Riigikantselei, lk 18
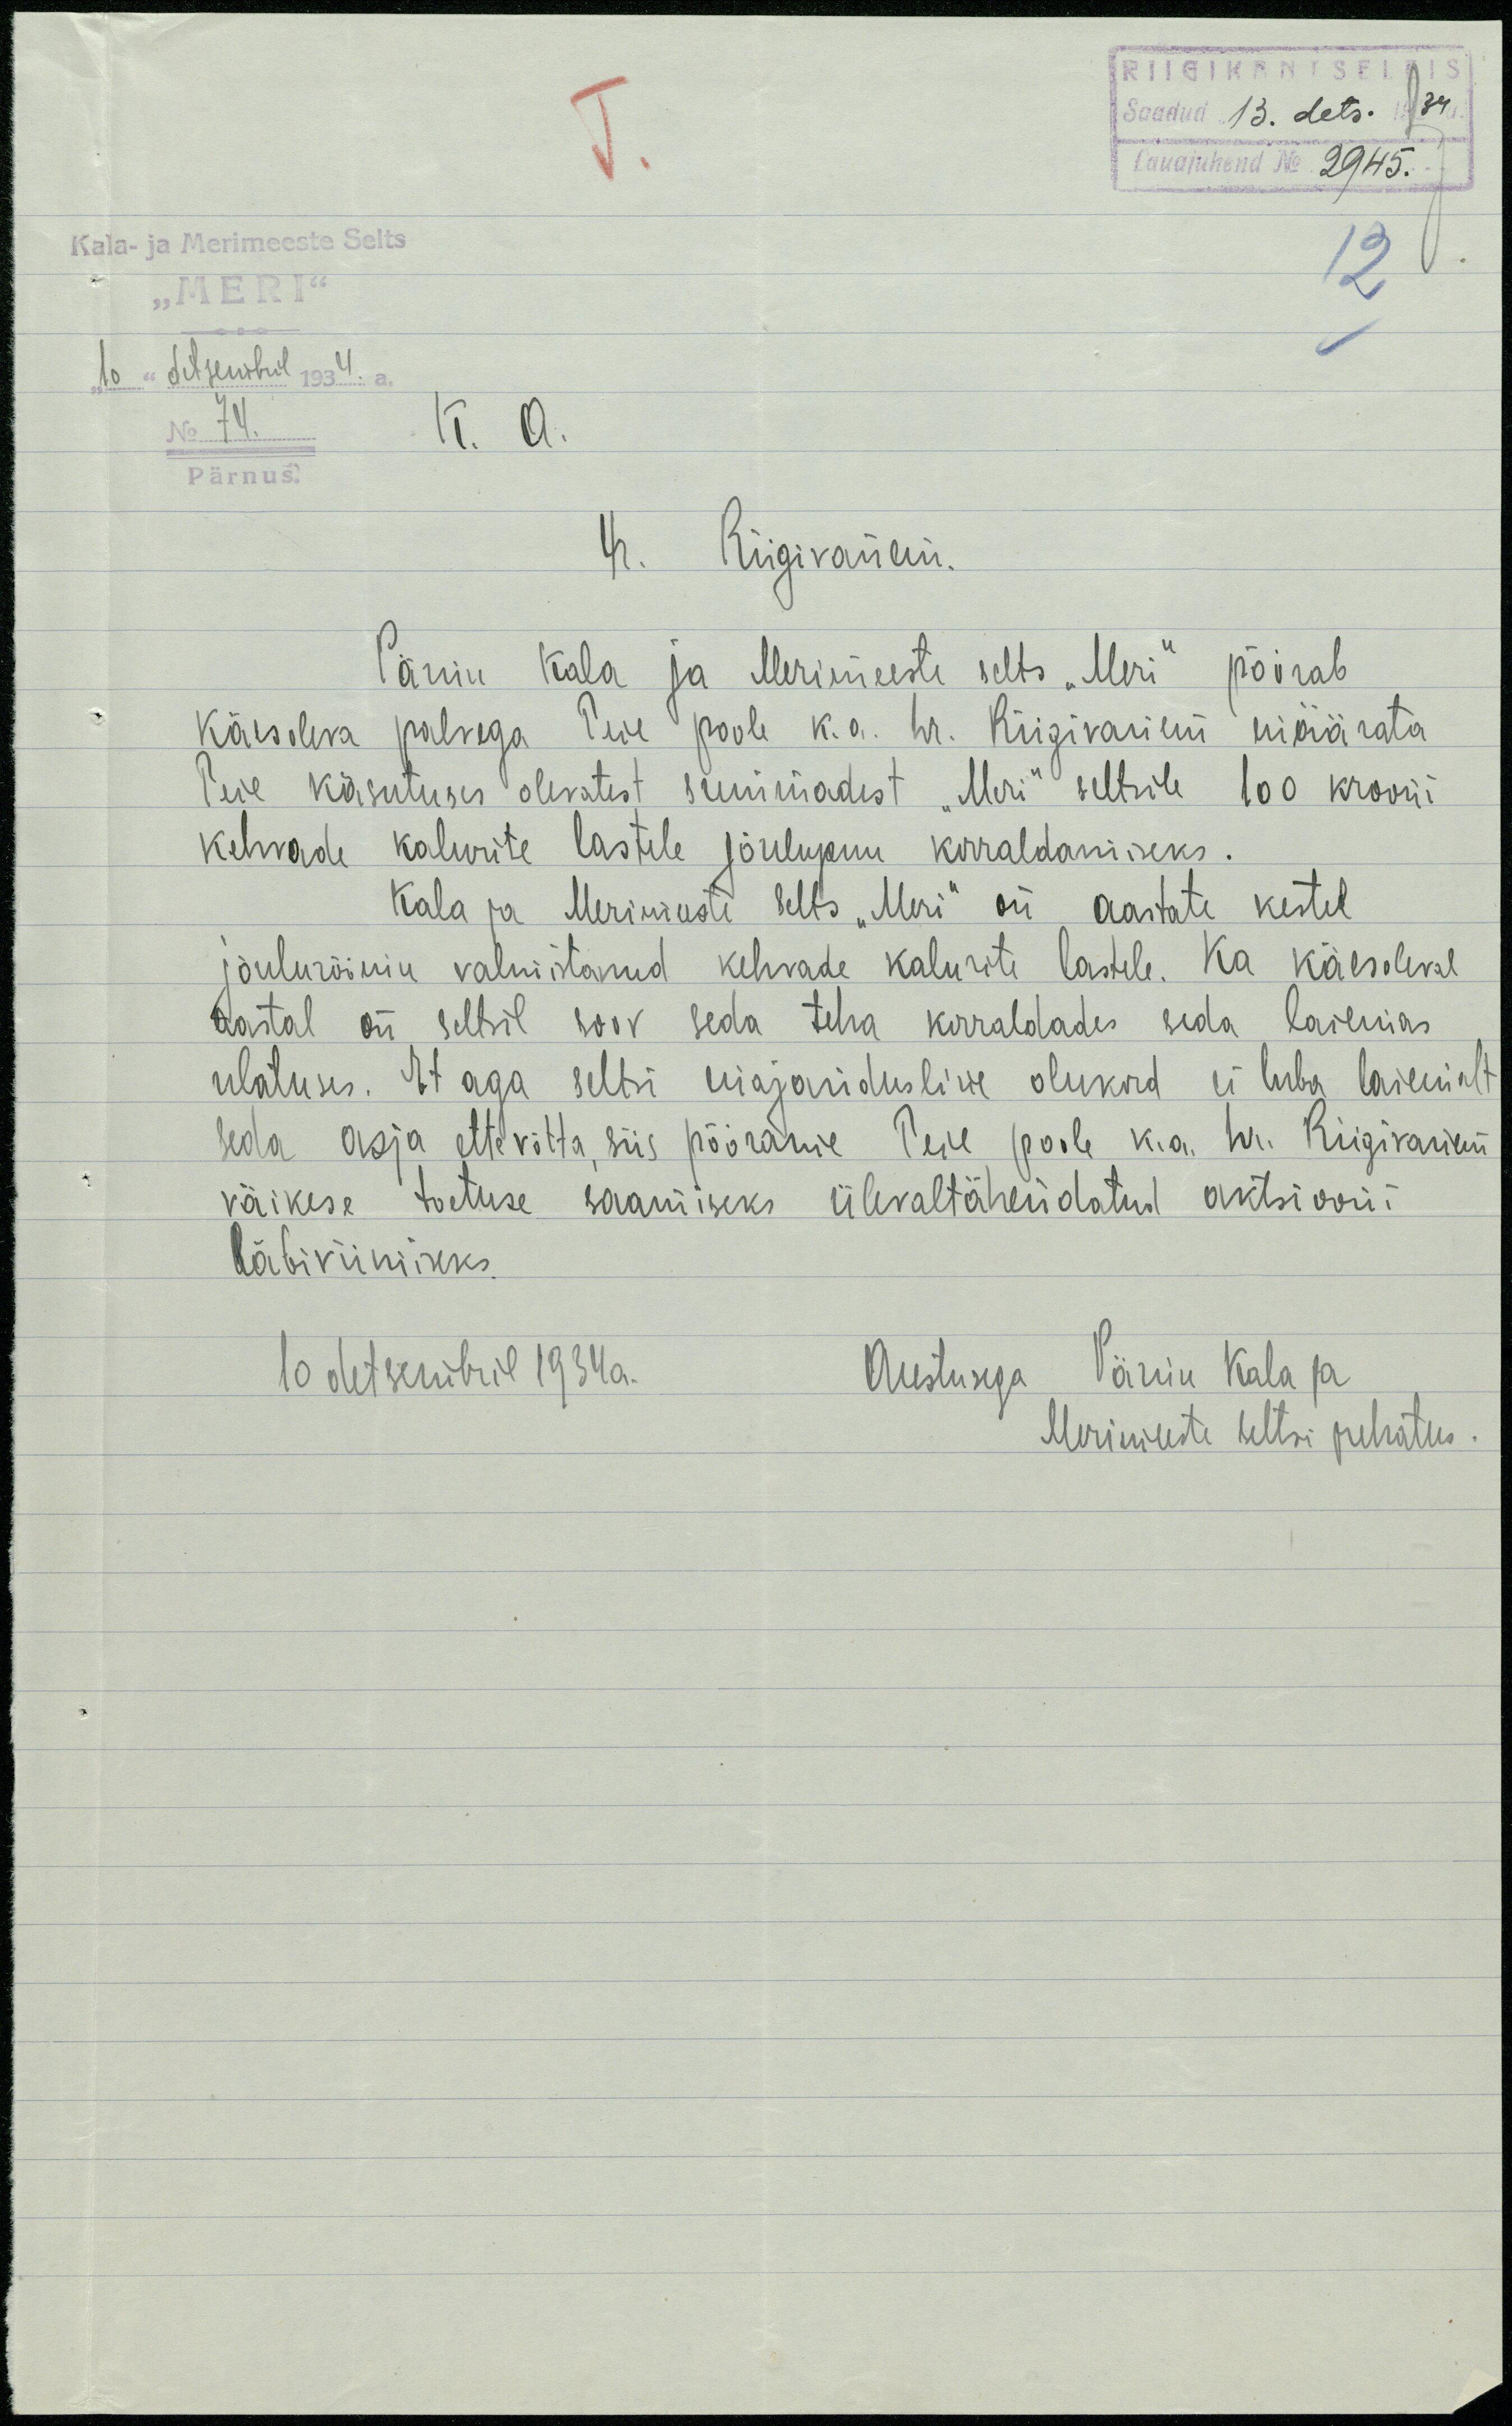
RIIGIKANTSELEIS
Saadud 13. dets. 1934.
Lauajuhend No 2945.
Kala- ja Merimeeste Selts
"MERI"
10 detsembril 1934.a.
No 74.
Pärnus
K. A.
Hr. Riigivanem.
Pärnu Kala ja Merimeeste selts "Meri" põirab
käesoleva palvega Teie poole k.a. hr. Riigivanem määrata
Teie käsutuses olevatest summadest "Meri" seltsile 100 krooni
kehvade kalurite lastele jõulupuu korraldamiseks.
Kala ja Merimeeste selts "Meri" on aastate kestel
jõulurõõmu valmistanud kehvade kalurite lastele. Ka käesoleva
aastal on seltsil soov seda teha korraldades seda laiemas
ulatuses. Et aga seltsi majandusline olukord ei luba laiemalt
seda asja ettevõtta siis pöörasime Teie poole v.a. hr. Riigivanem
väikese toetuse saamiseks ülevaltähendatud aktsiooni-
läbiviimiseks.
10 detsembril 1934a.
Austusega Pärnu Kala ja
Merimeeste seltsi juhatus.